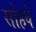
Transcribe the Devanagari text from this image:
सोहवें